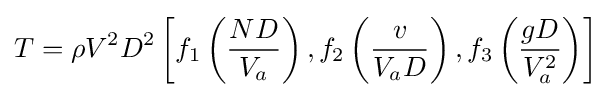
T=\rho V^{2}D^{2}\left[f_{1}\left({\frac {ND}{V_{a}}}\right),f_{2}\left({\frac {v}{V_{a}D}}\right),f_{3}\left({\frac {gD}{V_{a}^{2}}}\right)\right]